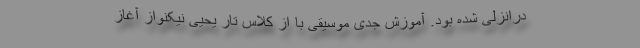
درانزلی شده بود. آموزش جدی موسیقی با از کلاس تارِ یحیی نیکنواز آغاز